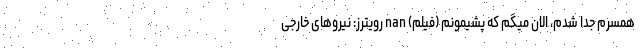
همسرم جدا شدم، الان میگم که پشیمونم (فیلم) nan رویترز: نیروهای خارجی